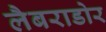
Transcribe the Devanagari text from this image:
लैबराडोर